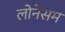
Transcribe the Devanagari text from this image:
लोनेसम